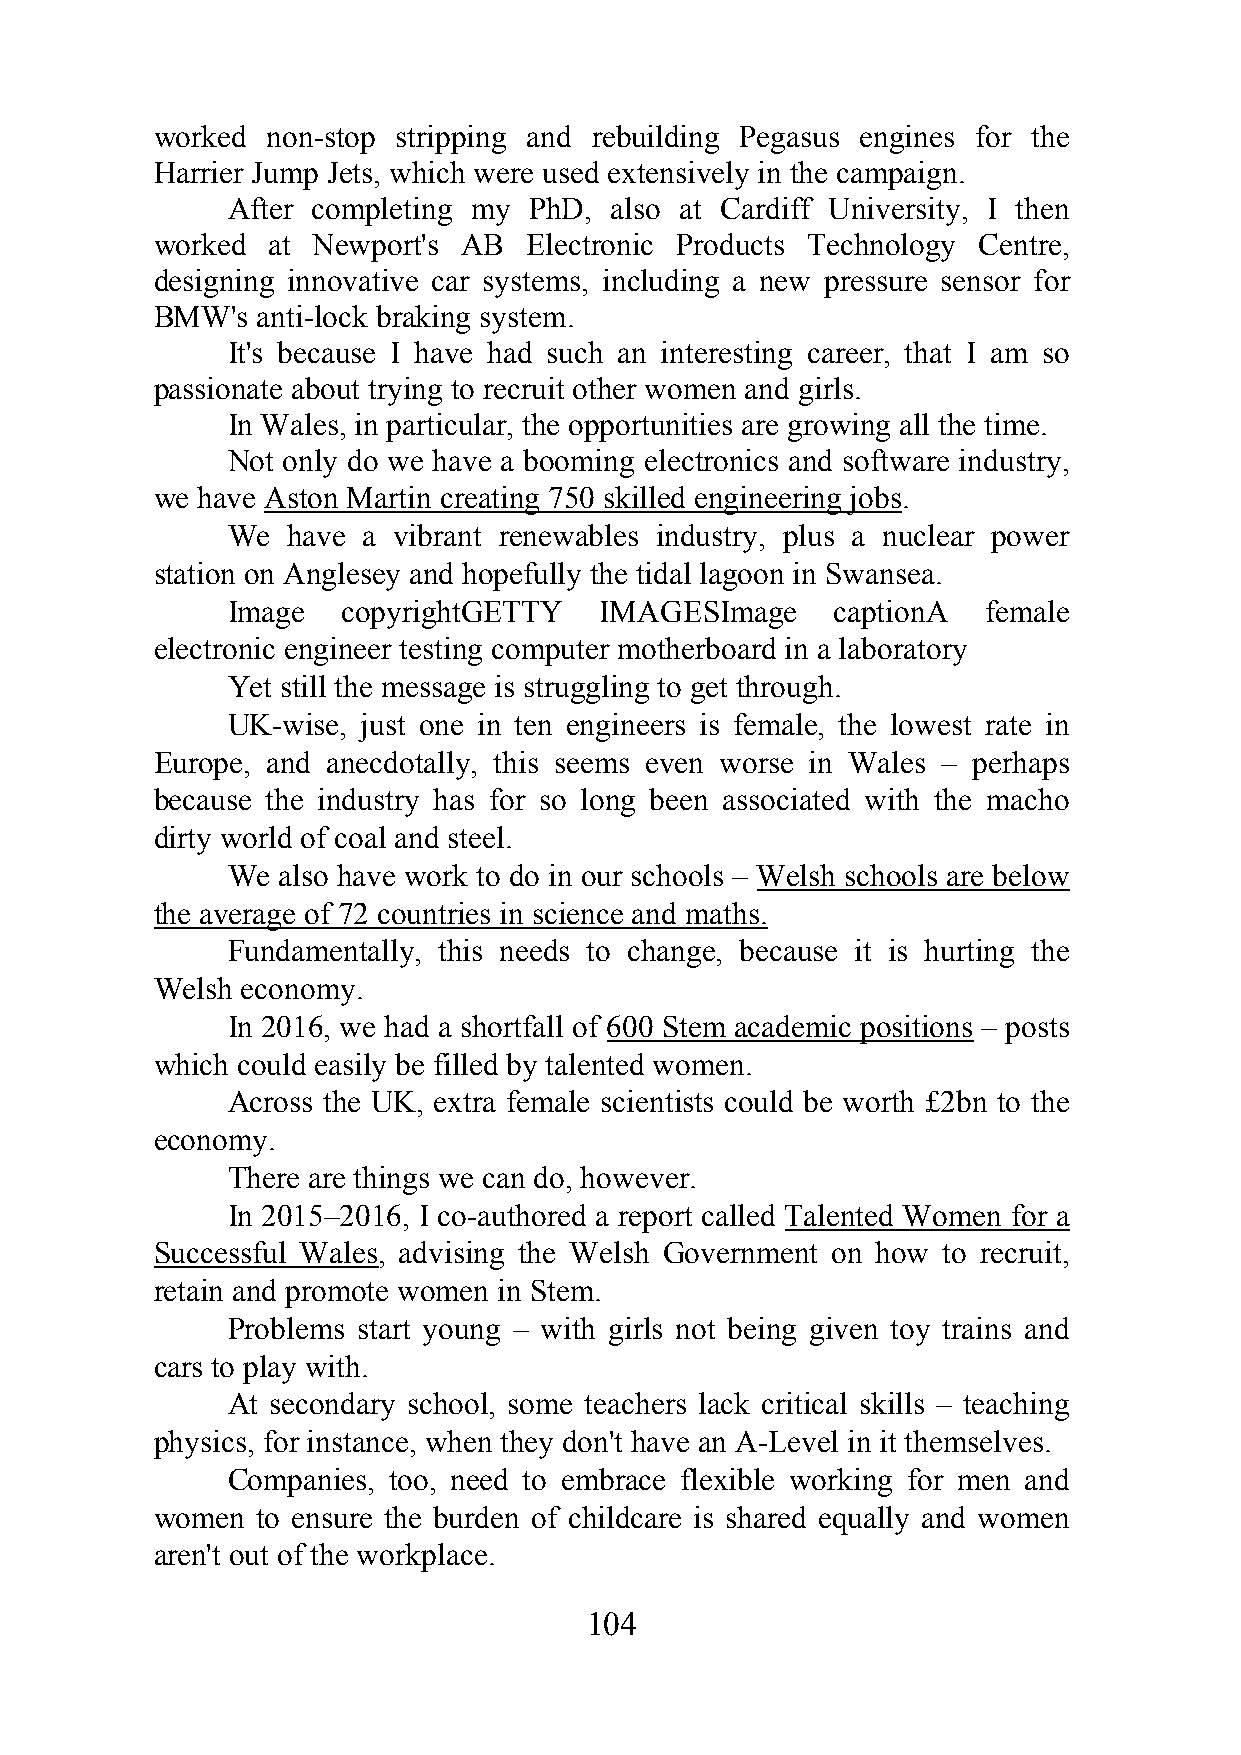
worked  non-stop stripping and rebuilding Pegasus engines for the
 Harrier Jump Jets, which were used extensively in the campaign.
 After completing my PhD, also at Cardiff University, I then
 worked  at Newport's AB  Electronic Products Technology Centre,
 designing innovative car systems, including a new pressure sensor for
 BMW's  anti-lock braking system.
 It's because I have had such an interesting career, that I am so
 passionate about trying to recruit other women and girls.
 In Wales, in particular, the opportunities are growing all the time.
 Not only do we have a booming electronics and software industry,
 we have Aston Martin creating 750 skilled engineering jobs.
 We  have a vibrant renewables industry, plus a nuclear power
 station on Anglesey and hopefully the tidal lagoon in Swansea.
 Image   copyrightGETTY   IMAGESImage    captionA  female
 electronic engineer testing computer motherboard in a laboratory
 Yet still the message is struggling to get through.
 UK-wise, just one in ten engineers is female, the lowest rate in
 Europe, and anecdotally, this seems even worse in Wales – perhaps
 because the industry has for so long been associated with the macho
 dirty world of coal and steel.
 We also have work to do in our schools – Welsh schools are below
 the average of 72 countries in science and maths.
 Fundamentally, this needs to change, because it is hurting the
 Welsh economy.
 In 2016, we had a shortfall of 600 Stem academic positions – posts
 which could easily be filled by talented women.
 Across the UK, extra female scientists could be worth £2bn to the
 economy.
 There are things we can do, however.
 In 2015–2016, I co-authored a report called Talented Women for a
 Successful Wales, advising the Welsh Government on how to recruit,
 retain and promote women in Stem.
 Problems start young – with girls not being given toy trains and
 cars to play with.
 At secondary school, some teachers lack critical skills – teaching
 physics, for instance, when they don't have an A-Level in it themselves.
 Companies, too, need to embrace flexible working for men and
 women  to ensure the burden of childcare is shared equally and women
 aren't out of the workplace.
 104